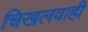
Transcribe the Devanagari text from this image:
चिखलवाही